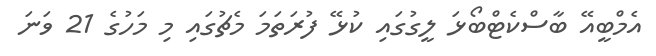
އެމްބީއޭ ބާސްކެޓްބޯޅަ ލީގުގައި ކުޅޭ ފުރަތަމަ މެޗުގައި މި މަހުގެ 21 ވަނަ